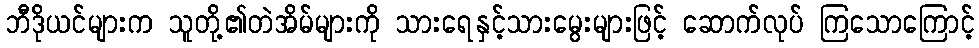
ဘီဒိုယင်များက သူတို့၏တဲအိမ်များကို သားရေနှင့်သားမွေးများဖြင့် ဆောက်လုပ် ကြသောကြောင့်